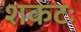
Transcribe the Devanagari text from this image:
शकटः